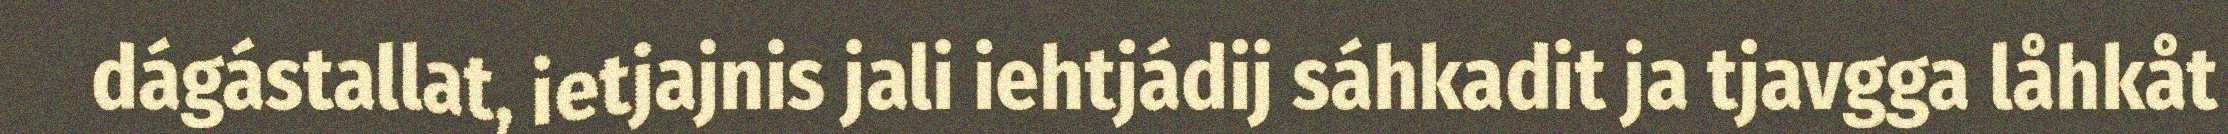
dágástallat, ietjajnis jali iehtjádij sáhkadit ja tjavgga låhkåt